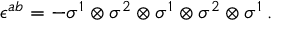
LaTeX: \epsilon ^ { a b } = - \sigma ^ { 1 } \otimes \sigma ^ { 2 } \otimes \sigma ^ { 1 } \otimes \sigma ^ { 2 } \otimes \sigma ^ { 1 } \, .